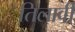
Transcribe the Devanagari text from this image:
तिलावी